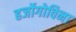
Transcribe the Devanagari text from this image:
हर्जोगोविना